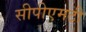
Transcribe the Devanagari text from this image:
सीपीएमटी